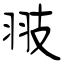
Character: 翄